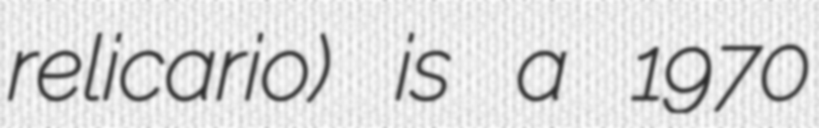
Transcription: relicario) is a 1970